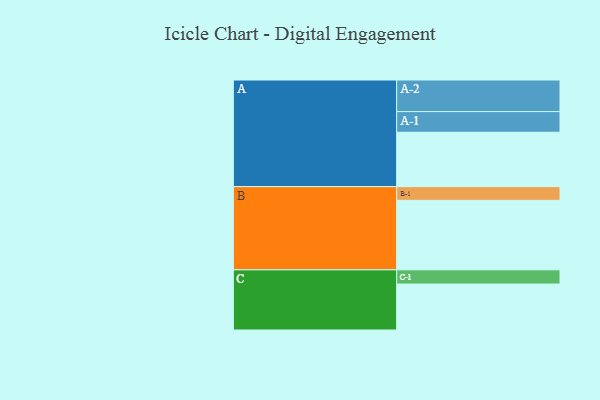
{"axis": {"x": "Segment", "y": "Value"}, "legend": ["", "A", "B", "C"], "data": [{"x": "A", "y": 413, "type": ""}, {"x": "B", "y": 528, "type": ""}, {"x": "C", "y": 349, "type": ""}, {"x": "A-1", "y": 157, "type": "A"}, {"x": "A-2", "y": 240, "type": "A"}, {"x": "B-1", "y": 104, "type": "B"}, {"x": "C-1", "y": 108, "type": "C"}]}